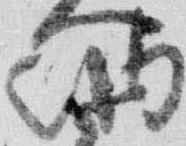
納